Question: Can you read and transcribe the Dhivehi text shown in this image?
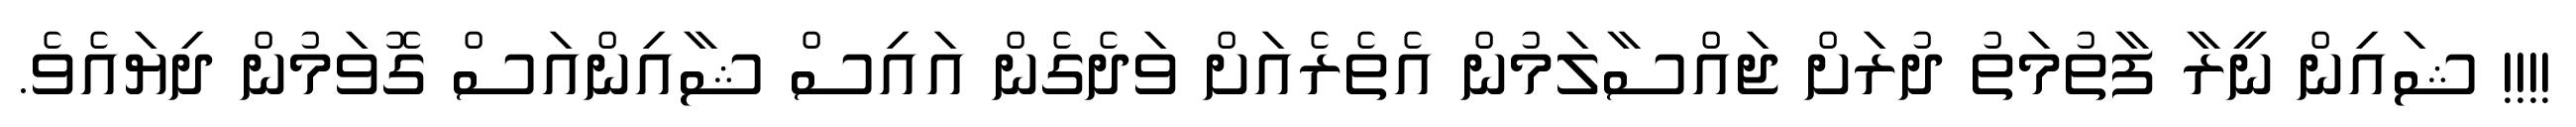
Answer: !!!! ޝައިން ނީރާ ފާތުމަތު ދުރަށް ޖައްސާލަމުން އެތެރެއަށް ވަދެގެން އައިސް ޝާއިންއަސް ގޮވަމުން ދިޔައެވެ.